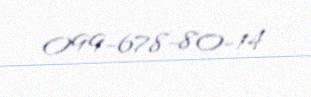
099-678-80-14